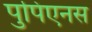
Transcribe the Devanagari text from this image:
पुपिएनस